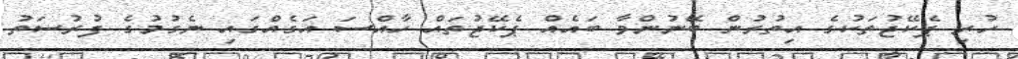
ހުރި ޕެކޭޖުތަކުގެ އިތުރުން ބޭނުންވާ ބައެއް ޕެކޭޖުތައް ހާއްސަ އަގެއްގައި ނެގުމުގެ ފުރުސަތު